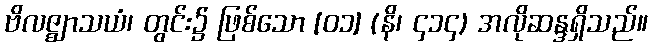
ဗိလဇ္ဈာသယံ၊ တွင်း၌ ဖြစ်သော [၀၁] (နိ၊ ၄၁၄) အလိုဆန္ဒရှိသည်။